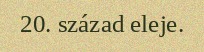
20. század eleje.